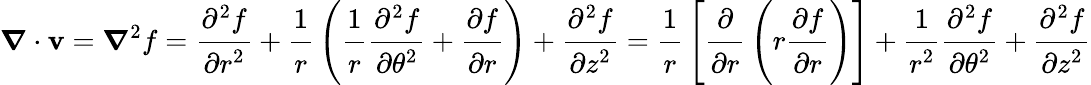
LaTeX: {\boldsymbol{\nabla}}\cdot\mathbf{v}={\boldsymbol{\nabla}}^{2}f={\cfrac{\partial^{2}f}{\partial r^{2}}}+{\cfrac{1}{r}}\left({\cfrac{1}{r}}{\cfrac{\partial^{2}f}{\partial\theta^{2}}}+{\cfrac{\partial f}{\partial r}}\right)+{\cfrac{\partial^{2}f}{\partial z^{2}}}={\cfrac{1}{r}}\left[{\cfrac{\partial}{\partial r}}\left(r{\cfrac{\partial f}{\partial r}}\right)\right]+{\cfrac{1}{r^{2}}}{\cfrac{\partial^{2}f}{\partial\theta^{2}}}+{\cfrac{\partial^{2}f}{\partial z^{2}}}